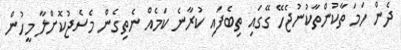
ދެން ހަމަ ތާކުންތާކުނުޖެހޭ ގޭގައިި ތިބެފައި ކުރާނެ ކަމެއް ނެތިގެން މެސެޖުކޮށްލާ މީހުން